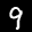
Label: 9